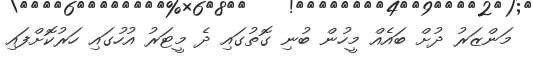
މަންޒަރު ދުށް ބައެއް މީހުން ބުނި ގޮތުގައި ދެ މީޓަރު އުހުގައި ހަރުކޮށްފައި